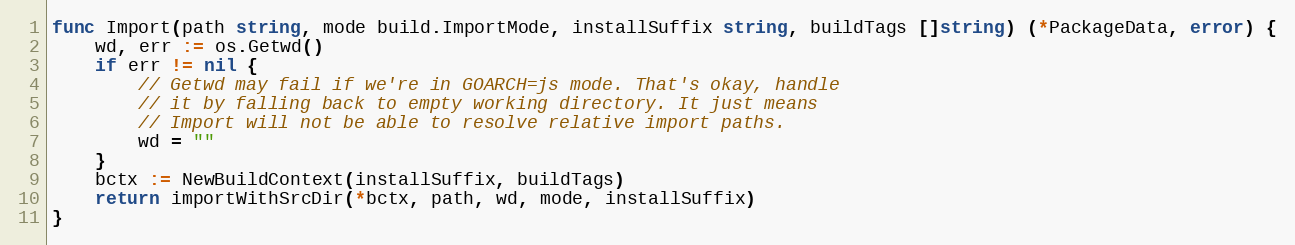
Language: Go
func Import(path string, mode build.ImportMode, installSuffix string, buildTags []string) (*PackageData, error) {
	wd, err := os.Getwd()
	if err != nil {
		// Getwd may fail if we're in GOARCH=js mode. That's okay, handle
		// it by falling back to empty working directory. It just means
		// Import will not be able to resolve relative import paths.
		wd = ""
	}
	bctx := NewBuildContext(installSuffix, buildTags)
	return importWithSrcDir(*bctx, path, wd, mode, installSuffix)
}